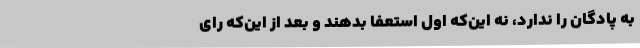
به پادگان را ندارد، نه این‌که اول استعفا بدهند و بعد از این‌که رای